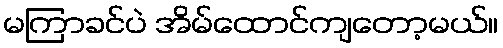
မကြာခင်ပဲ အိမ်ထောင်ကျတော့မယ်။